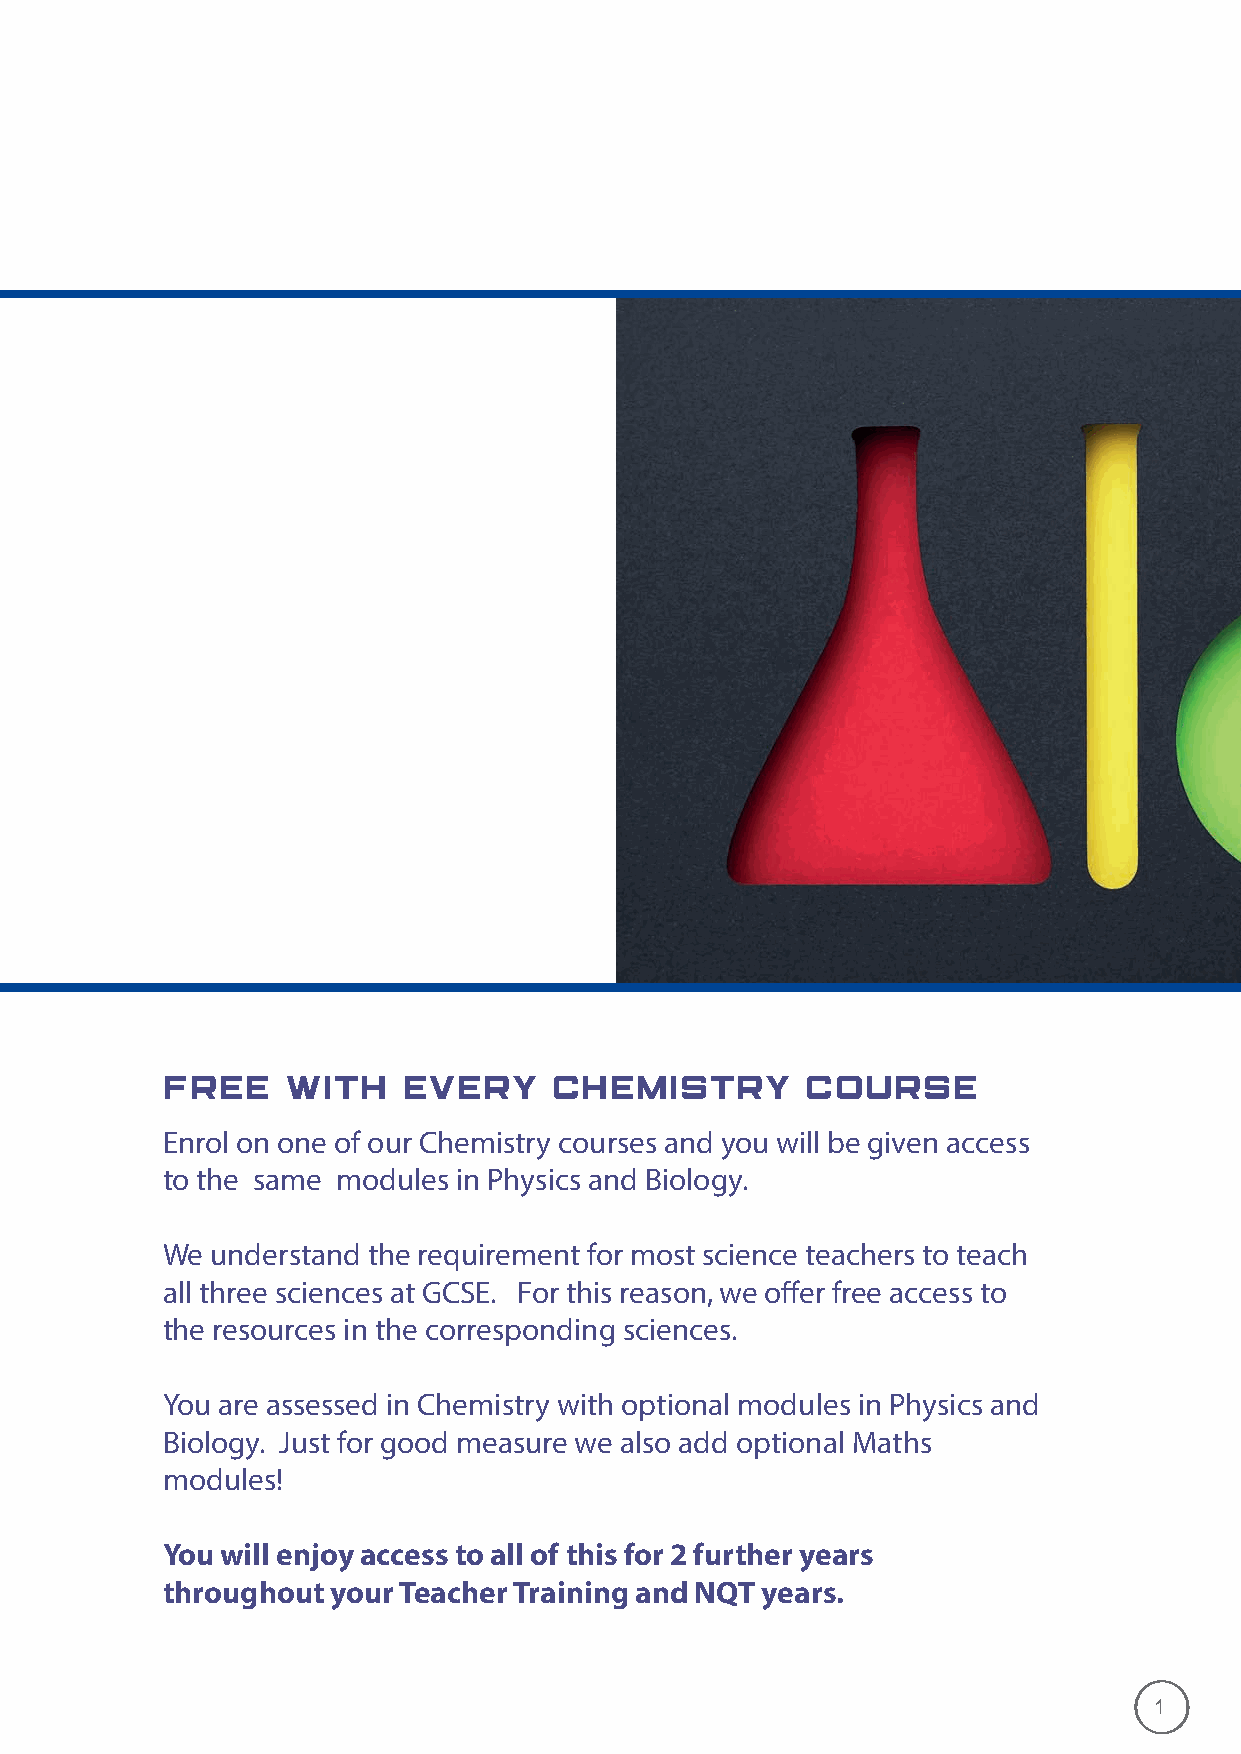
FREE    WITH    EVERY    CHEMISTRY        COURSE
 Enrol on one of our Chemistry courses and you will be given access
 to the same modules in Physics and Biology.
 We understand the requirement for most science teachers to teach
 all three sciences at GCSE. For this reason, we offer free access to
 the resources in the corresponding sciences.
 You are assessed in Chemistry with optional modules in Physics and
 Biology. Just for good measure we also add optional Maths
 modules!
 You will enjoy access to all of this for 2 further years
 throughout your Teacher Training and NQT years.
 1